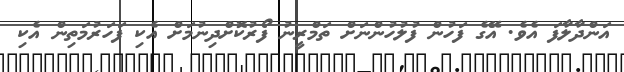
އަންދާލާފަ އެެވެ. އޭގެ ފަހުން ފުލުހުންނަށް ތަމްރީނު ފޯރުކޮށްދިނުމަށް އެކި ފަހަރުމަތިން އެކި